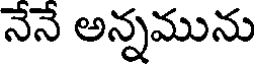
నేనే అన్నమును